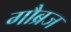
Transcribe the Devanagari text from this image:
गौब्रज